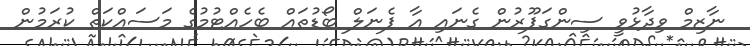
ނާޒިމް ވިދާޅުވީ ސިންގަޕޫރުން ގެނައި އާ ޕެނަލް ބޯޑުތައް ބެހެއްޓުމުގެ މަސައްކަތް ކުރަމުން